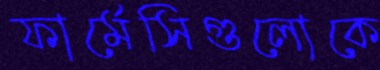
ফার্মেসিগুলোকে